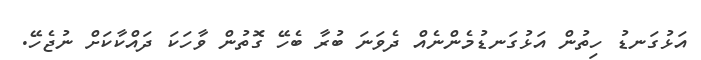
އަޅުގަނޑު ހިތުން އަޅުގަނޑުމެންނެއް ދެވަނަ ބުރާ ބެހޭ ގޮތުން ވާހަކަ ދައްކާކަށް ނުޖެހޭ.